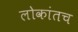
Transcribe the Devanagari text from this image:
लोकांतच